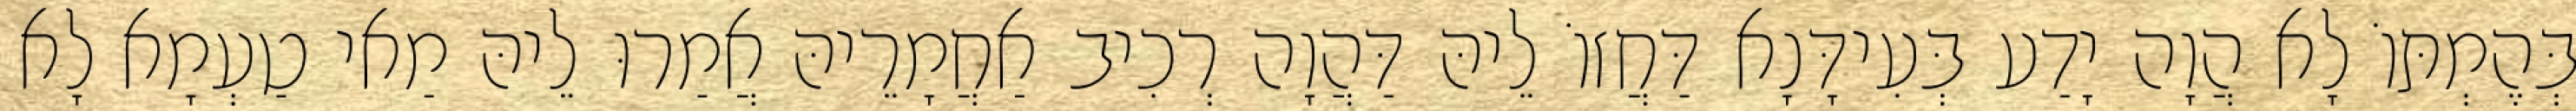
בְּהֶמְתּוֹ לָא הֲוָה יָדַע בְּעִידָּנָא דַּחֲזוֹ לֵיהּ דַּהֲוָה רְכִיב אַחֲמָרֵיהּ אֲמַרוּ לֵיהּ מַאי טַעְמָא לָא